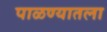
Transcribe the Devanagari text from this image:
पाळण्यातला